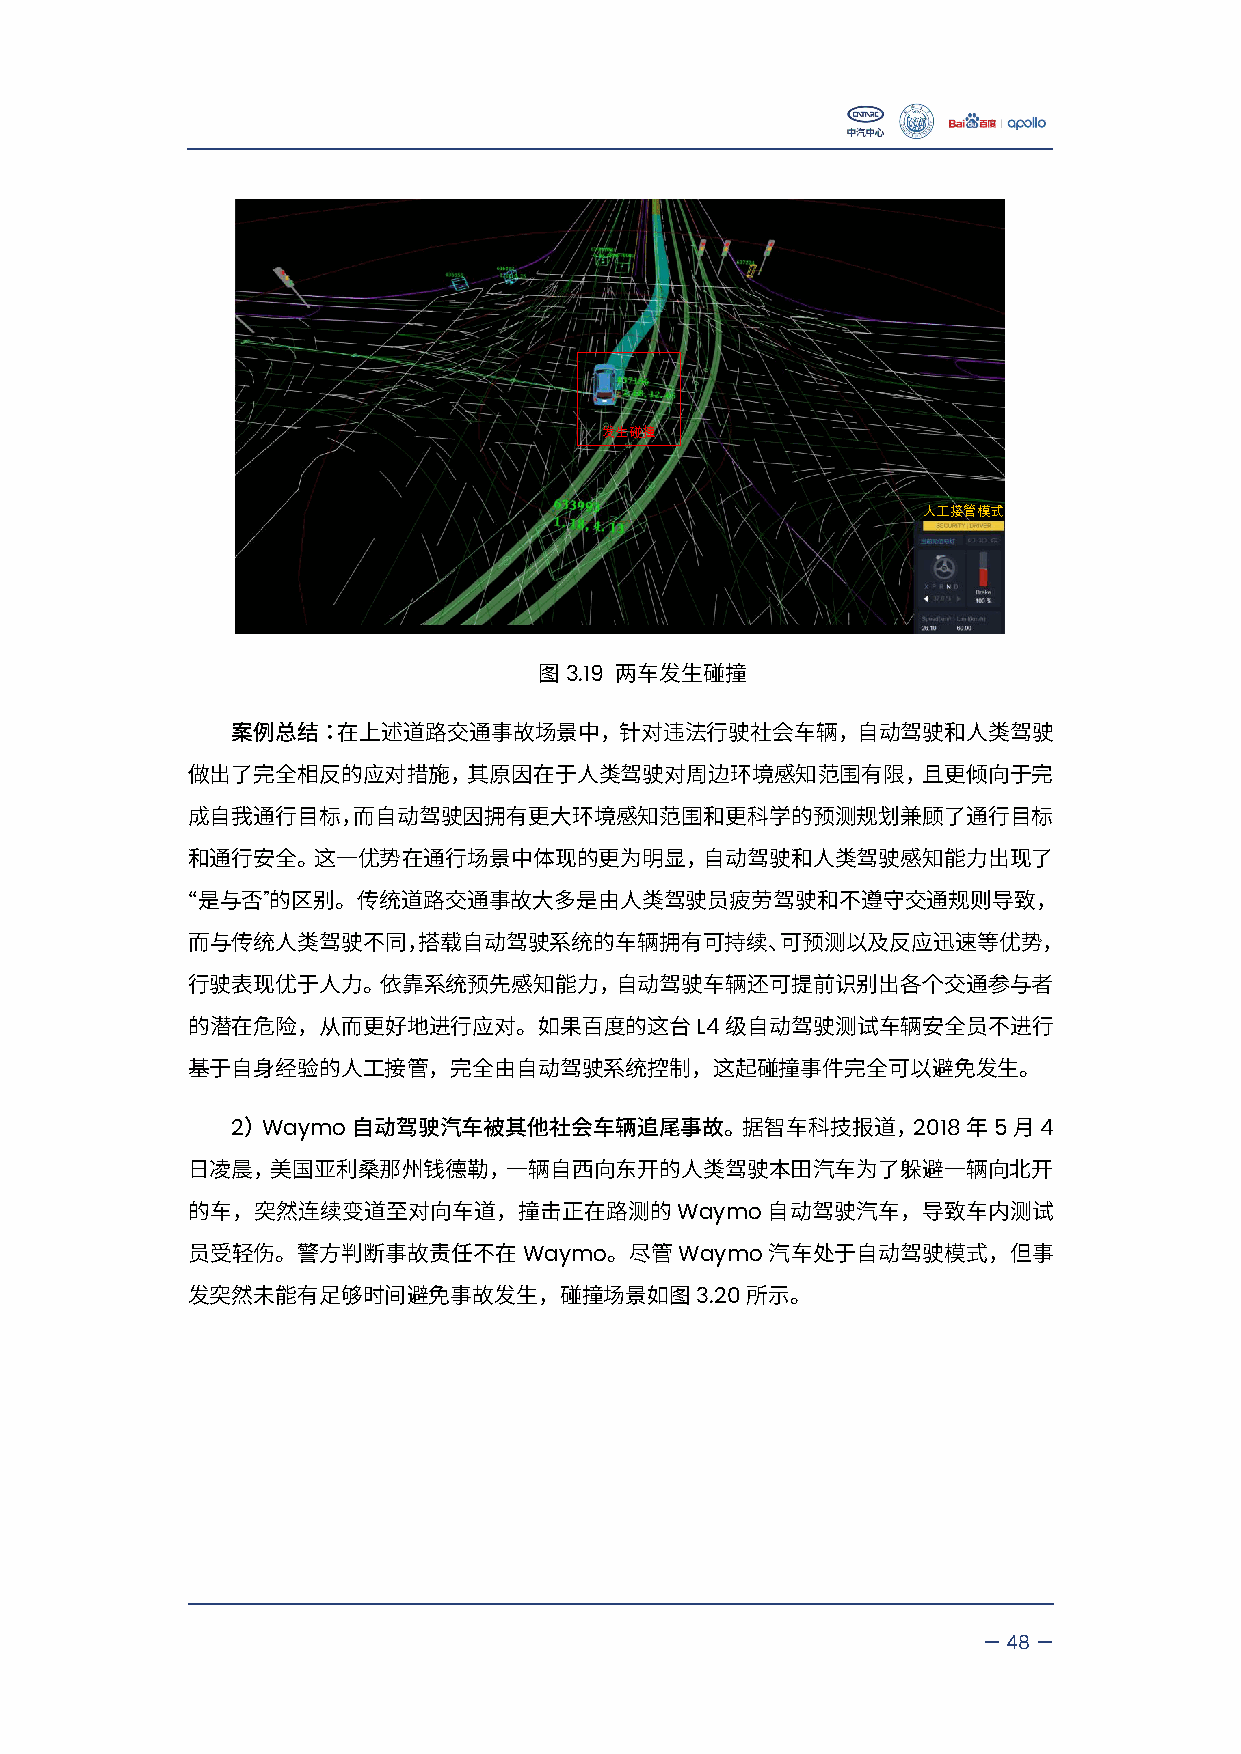
发生碰撞
 人工接管模式
 3.19
 图    两车发生碰撞
 案例总结：在上述道路交通事故场景中，针对违法行驶社会车辆，自动驾驶和人类驾驶
 做出了完全相反的应对措施，其原因在于人类驾驶对周边环境感知范围有限，且更倾向于完
 成自我通行目标，而自动驾驶因拥有更大环境感知范围和更科学的预测规划兼顾了通行目标
 和通行安全。这一优势在通行场景中体现的更为明显，自动驾驶和人类驾驶感知能力出现了
 ”
 “是与否的区别。传统道路交通事故大多是由人类驾驶员疲劳驾驶和不遵守交通规则导致，
 而与传统人类驾驶不同，搭载自动驾驶系统的车辆拥有可持续、可预测以及反应迅速等优势，
 行驶表现优于人力。依靠系统预先感知能力，自动驾驶车辆还可提前识别出各个交通参与者
 L4
 的潜在危险，从而更好地进行应对。如果百度的这台             级自动驾驶测试车辆安全员不进行
 基于自身经验的人工接管，完全由自动驾驶系统控制，这起碰撞事件完全可以避免发生。
 2 Waymo                                      2018  5  4
 ）      自动驾驶汽车被其他社会车辆追尾事故。据智车科技报道，               年  月
 日凌晨，美国亚利桑那州钱德勒，一辆自西向东开的人类驾驶本田汽车为了躲避一辆向北开
 Waymo
 的车，突然连续变道至对向车道，撞击正在路测的                 自动驾驶汽车，导致车内测试
 Waymo     Waymo
 员受轻伤。警方判断事故责任不在             。尽管        汽车处于自动驾驶模式，但事
 3.20
 发突然未能有足够时间避免事故发生，碰撞场景如图              所示。
 —48—